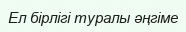
Ел бірлігі туралы әңгіме